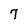
Character: 7